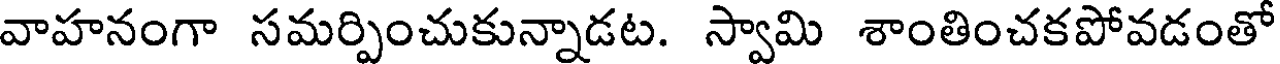
వాహనంగా సమర్పించుకున్నాడట. స్వామి శాంతించకపోవడంతో